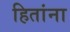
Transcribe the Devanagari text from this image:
हितांना